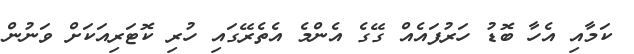
ކަމާއި އެހާ ބޮޑު ހަރުފައެއް ގޭގެ އެންމެ އެތެރޭގައި ހުރި ކޮޓަރިއަކަށް ވަނުުން